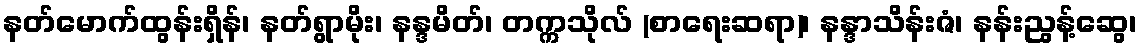
နတ်မောက်ထွန်းရှိန်၊ နတ်ရွာမိုး၊ နန္ဒမိတ်၊ တက္ကသိုလ် (စာရေးဆရာ)၊ နန္ဒာသိန်းဇံ၊ နန်းညွန့်ဆွေ၊